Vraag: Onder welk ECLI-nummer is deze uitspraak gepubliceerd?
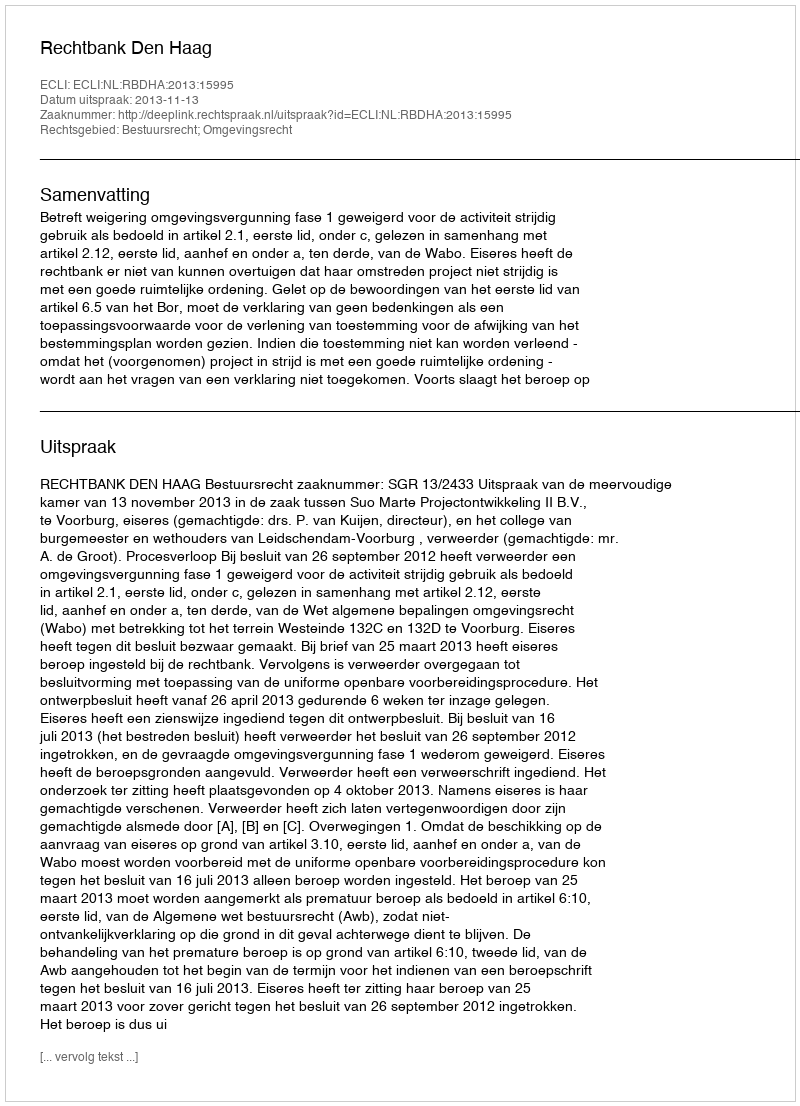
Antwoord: ECLI:NL:RBDHA:2013:15995